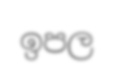
ඉපල